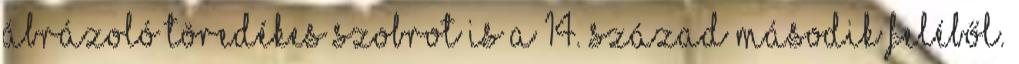
ábrázoló töredékes szobrot is a 14. század második feléből.